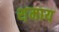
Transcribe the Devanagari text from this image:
श़माय